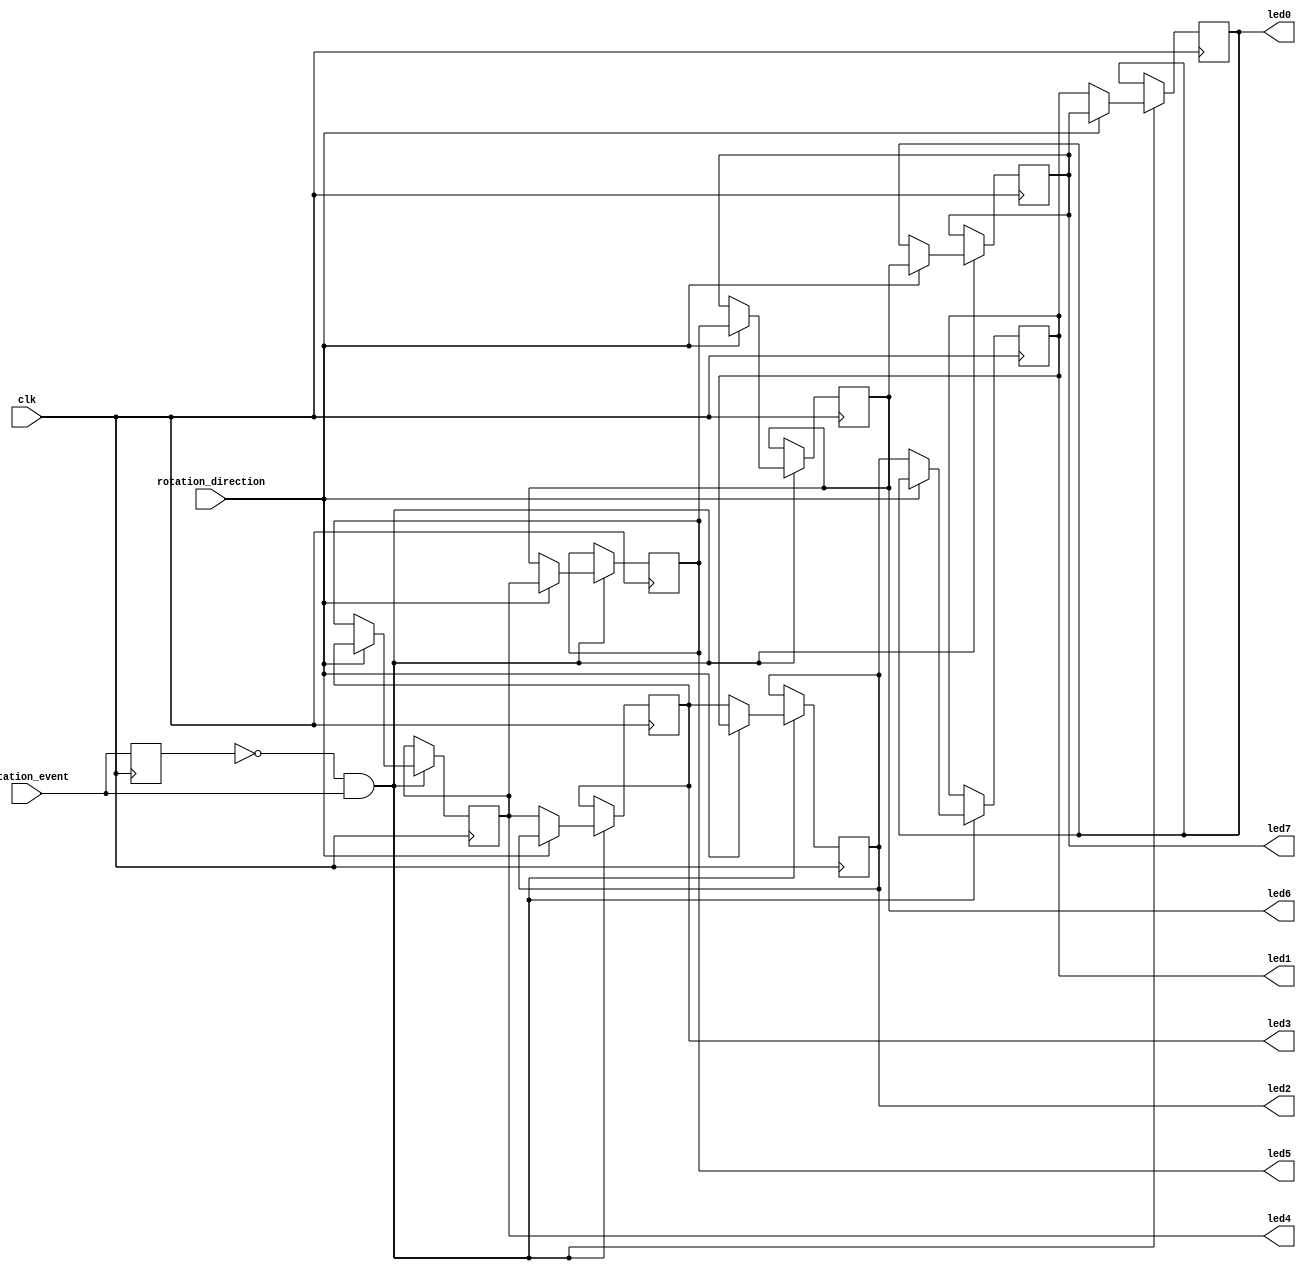
`timescale 1ns / 1ps
//////////////////////////////////////////////////////////////////////////////////
// Company: 
// Engineer: 
// 
// Design Name: 
// Module Name:    rotary_shaft_encoder 
// Project Name: 
// Target Devices: 
// Tool versions: 
// Description: 
//
// Dependencies: 
//
// Revision: 
// Revision 0.01 - File Created
// Additional Comments: 
//
//////////////////////////////////////////////////////////////////////////////////
module rotary_shaft_encoder(clk, rotation_event, rotation_direction, led0, led1, led2, led3, led4, led5, led6, led7);
input clk, rotation_event, rotation_direction;
output led0, led1, led2, led3, led4, led5, led6, led7;
reg led0 = 0, led1, led2, led3, led4, led5, led6, led7;
reg prev_rotation_event = 1;
// If not working make changes according to slide 9
always@(posedge clk) begin
	prev_rotation_event <= rotation_event;
	if(prev_rotation_event == 0 & rotation_event == 1) begin
		if(rotation_direction == 1) begin
			led1 <= led0;
			led2 <= led1;
			led3 <= led2;
			led4 <= led3;
			led5 <= led4;
			led6 <= led5;
			led7 <= led6;
			led0 <= led7;
		end
		else begin
			led0 <= led1;
			led1 <= led2;
			led2 <= led3;
			led3 <= led4;
			led4 <= led5;
			led5 <= led6;
			led6 <= led7;
			led7 <= led0;
		end
	end
end
endmodule